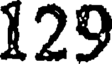
129